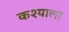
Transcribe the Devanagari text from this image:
कश्याला